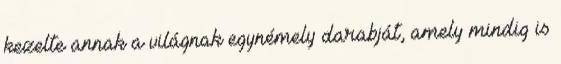
kezelte annak a világnak egynémely darabját, amely mindig is